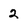
Character: 2